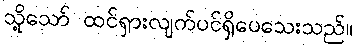
သို့သော် ထင်ရှားလျက်ပင်ရှိပေသေးသည်။